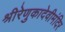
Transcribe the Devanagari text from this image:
श्रीरेणुकादेवीमंदिर